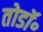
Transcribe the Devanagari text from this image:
तोडॉ॰